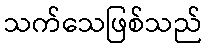
သက်သေဖြစ်သည်